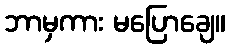
ဘာမှကား မပြောချေ။